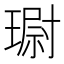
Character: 𮴮